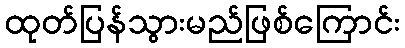
ထုတ်ပြန်သွားမည်ဖြစ်ကြောင်း